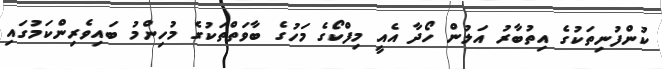
ކުންފުނިތަކުގެ އިތުބާރު އަލުން ހޯދާ އެއީ މިފްކޯގެ މަހުގެ ބާވަތްތަކުގެ މުހިންމު ބައިވެރިންކަމުގައި